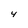
Character: 4